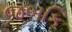
જબકિ